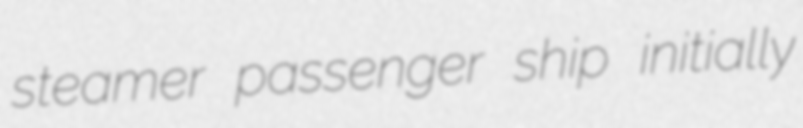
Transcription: steamer passenger ship initially